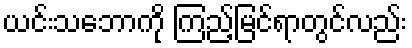
ယင်းသဘောကို ကြည့်မြင်ရာတွင်လည်း